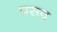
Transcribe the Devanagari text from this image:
पसव